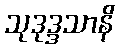
သုဒုဒ္ဒသာနိ